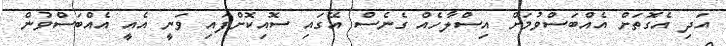
އަދި އެގޮތަށް އެއްބަސްވުމަށް އިސްލާހެއް ގެނެސް އޭގައި ސޮއިކޮށްފައި ވަނީ އެއީ އެއްބަސްވުން